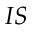
I S